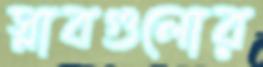
স্লাবগুলোর